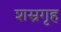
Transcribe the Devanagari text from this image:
शस्रगृह